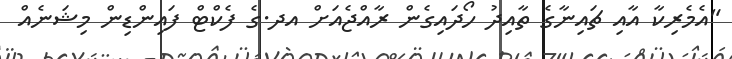
"އެމެރިކާ އާއި ޗައިނާގެ ތާއިދު ހޯދައިގެން ރާއްޖެއަށް އދ.ގެ ފެކްޓް ފައިންޑިން މިޝަނެއް